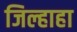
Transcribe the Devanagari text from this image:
जिल्हाहा